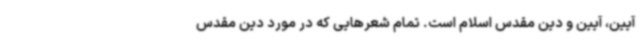
آیین، آیین و دین مقدس اسلام است. تمام شعرهایی که در مورد دین مقدس